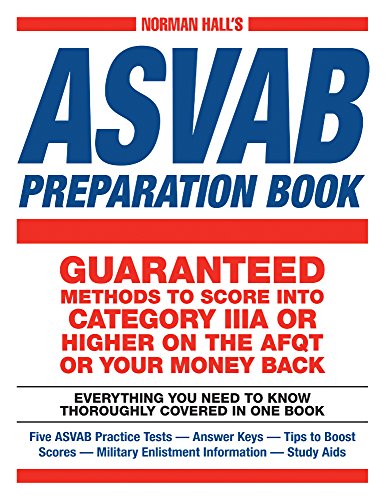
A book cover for Norman Hall's Asvab Preparation Book: Everything You Need to Know Thoroughly Covered in One Book - Five ASVAB Practice Tests - Answer Keys - Tips to ... Military Enlistment Information - Study Aids; Norman Hall; Test Preparation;